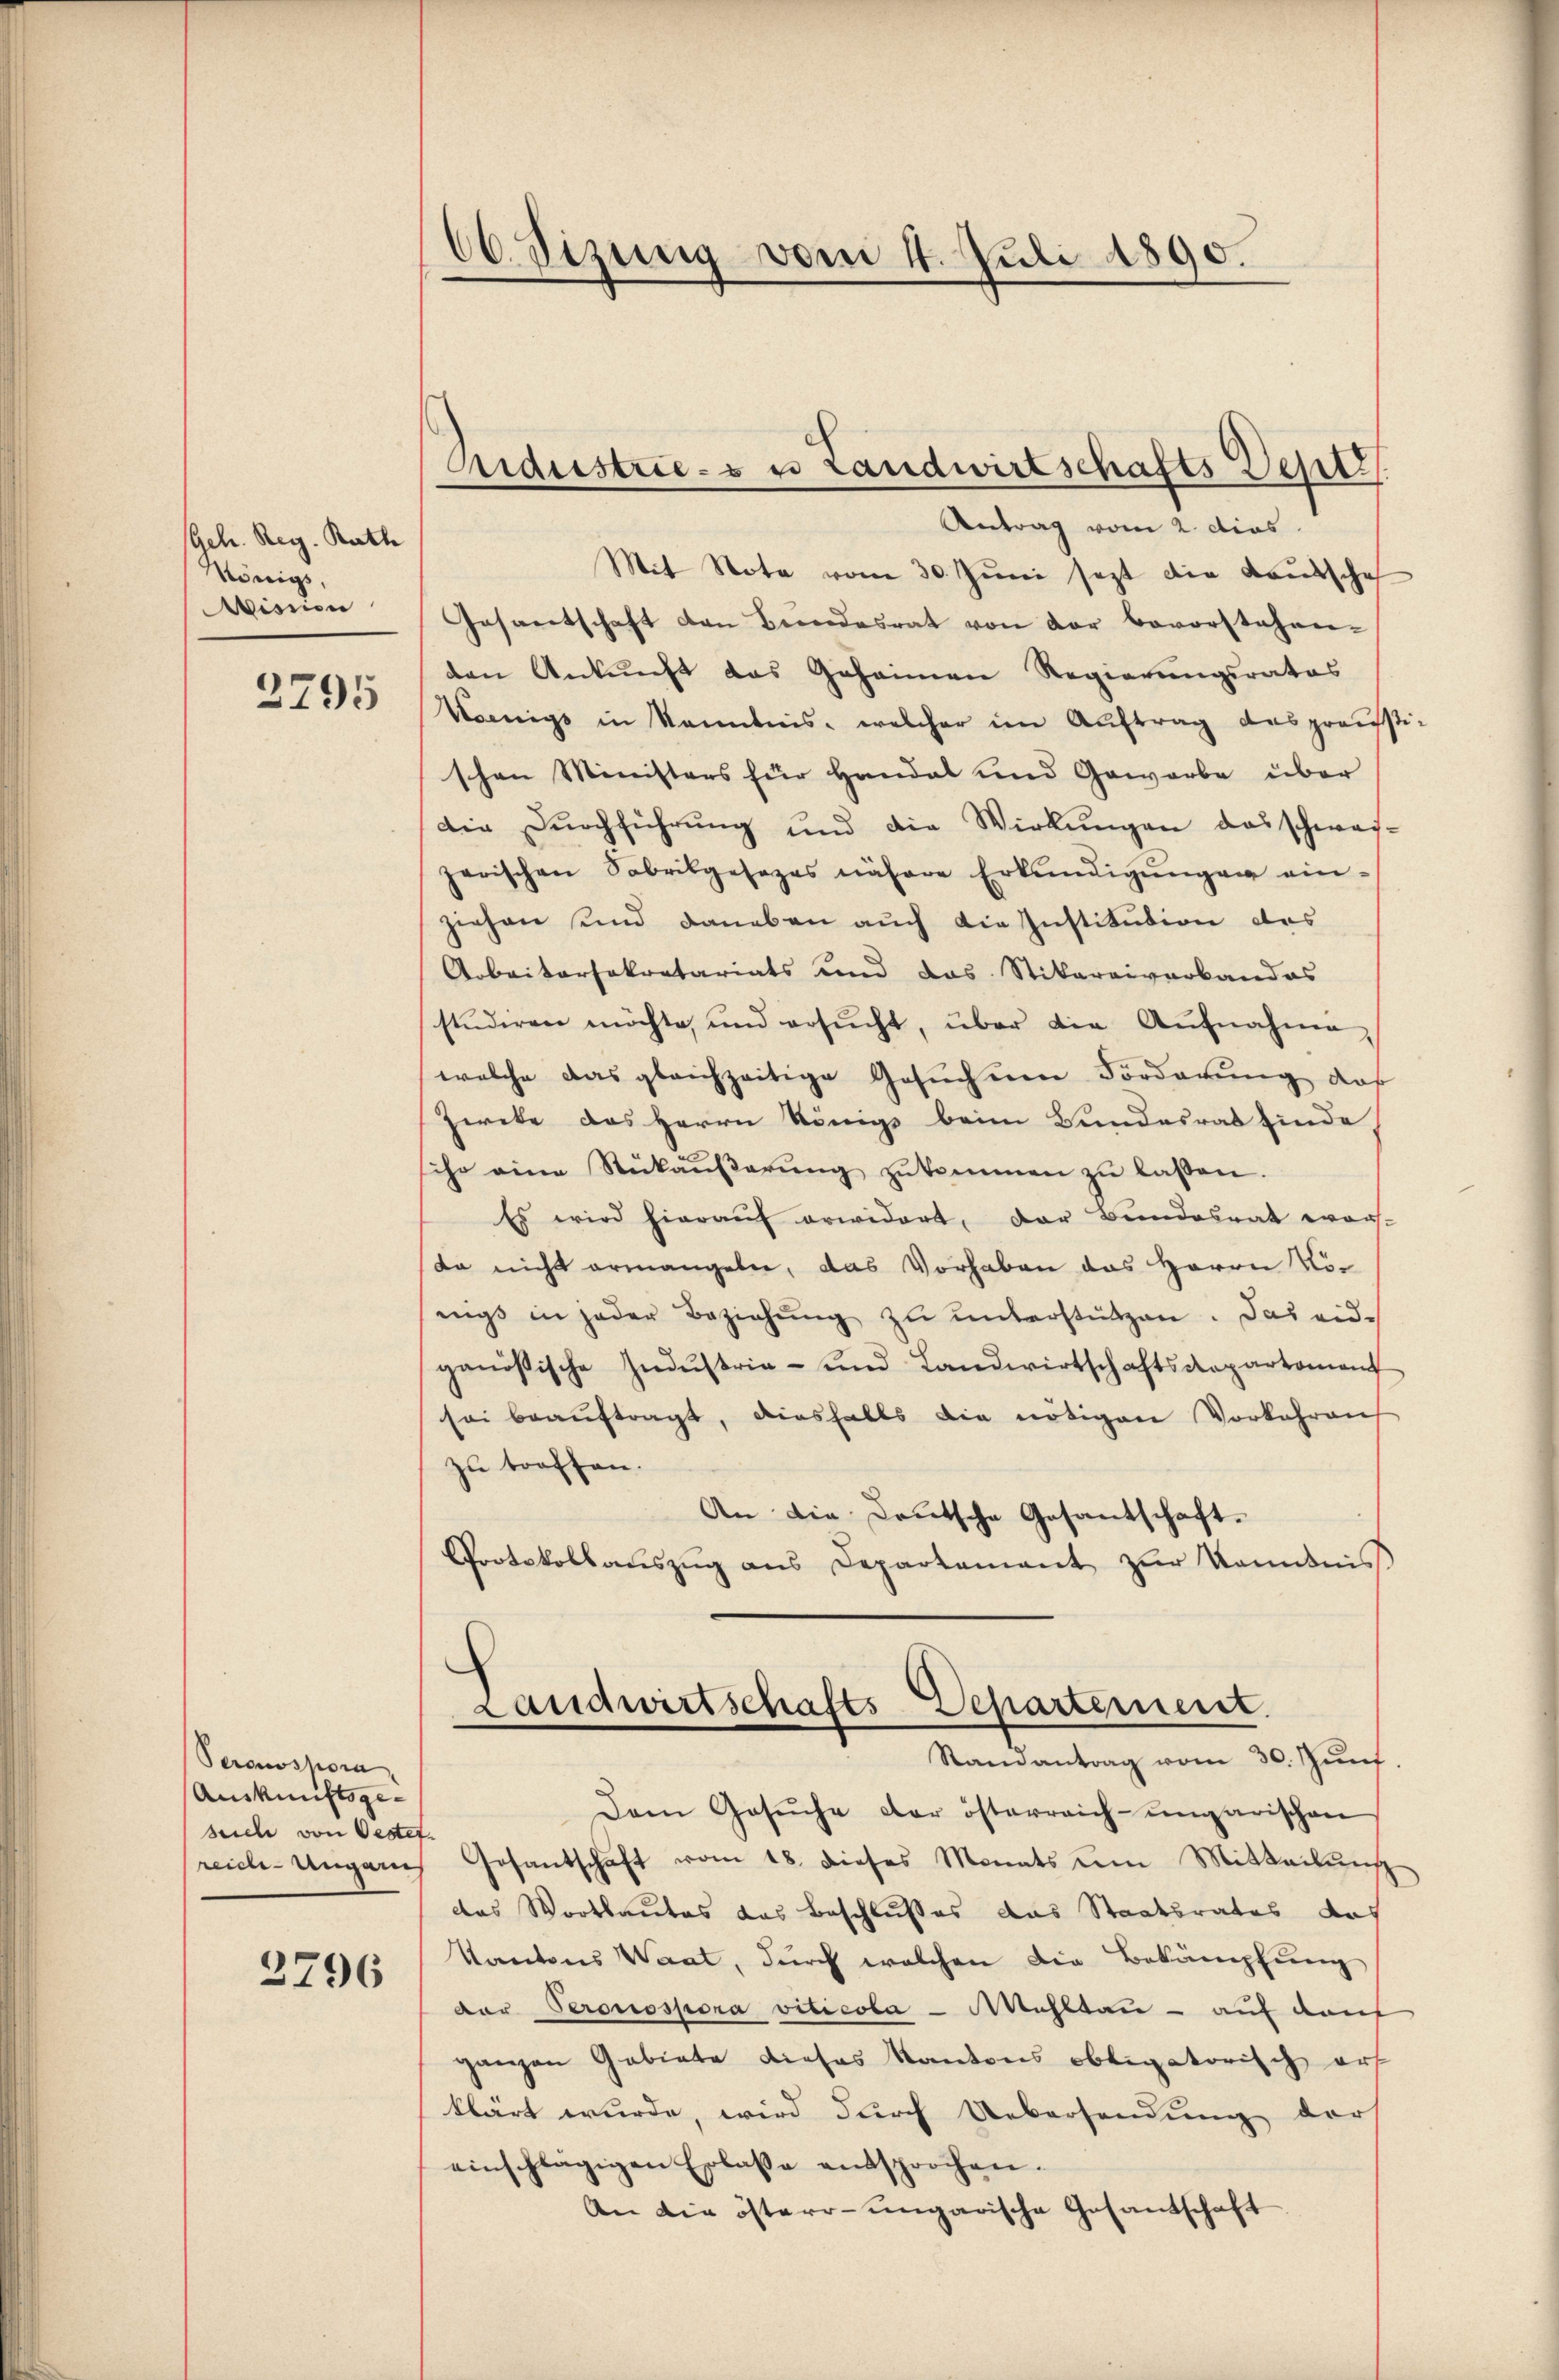
Geh. Reg. Rath
Königs,
Wisnien

2295

Peranspora
Auskunftsge-
srich von Oester
reich-Ungaris

2796

60. Sitzung vom 4. Juli 1890.

Antrag vom 2. dies
Mit Note vom 30. Jŭni sezt die Lautschaf
Gesantschaft den Bŭndesrat von der bevorstehen-
den Ankunft das Geheimen Regierŭngsrates
Woenigs in Kenntnis, welcher im Auftrag das grausstischen Ministers für Handat und Gewerbe über
Die Durchführung und die Wirkungen das schwaizerischen Sabrikgesezes nähere Erkŭndigŭngen ein-
ziehen und daneben auch die Institution des
Arbeitersekretariats und das Stikareiverbandes
studiren möchte, und ersŭcht, über die Aŭfnahme,
welche das gleichzeitige Gesuchen Forderung daß
Zieke des Herrn Königs beim Bundesrat finde
ihr eine Rükaŭβerŭng zŭkommen zŭ lassen.
Es wird hieraŭf erwidert, der Bundesrat wor-
da nicht ermangeln, das Vorhaben das Herrn Vönigs in jeder Beziehŭng zŭ ŭnterstützen. Das eid-
ganössische Indŭstria- und Landwirtschaftsdepartement
sei beaŭftragt, diesfalls die nötigen Vorkehreng
zu troffen.
An die Deutsche Gesantschaft.
Protokollauszug aus Departement zur Kenntnis
Landwirtschafts-Departement.
Staenantrag vom 30. Jŭnt.
Dem Gesŭche der österreich-ungarischen
Gosantschaft vom 18. dieses Monats vom Mitteilŭng
das Wortlautes das Beschlusses das Staatsrates das
Kantons Waat, durch welchen die Bekämpfung
der Peronospora viticola-Aahlbau - auf deut
ganzen Gebiete dieses Kantons obligatorisch erf
klärt wurde, wird durch Uebersendung der
einschlägigen Erlasse entsprochen.
An die österr-ungarische Gesandtschaft

Andustries u. Landwirtschafts Deptz